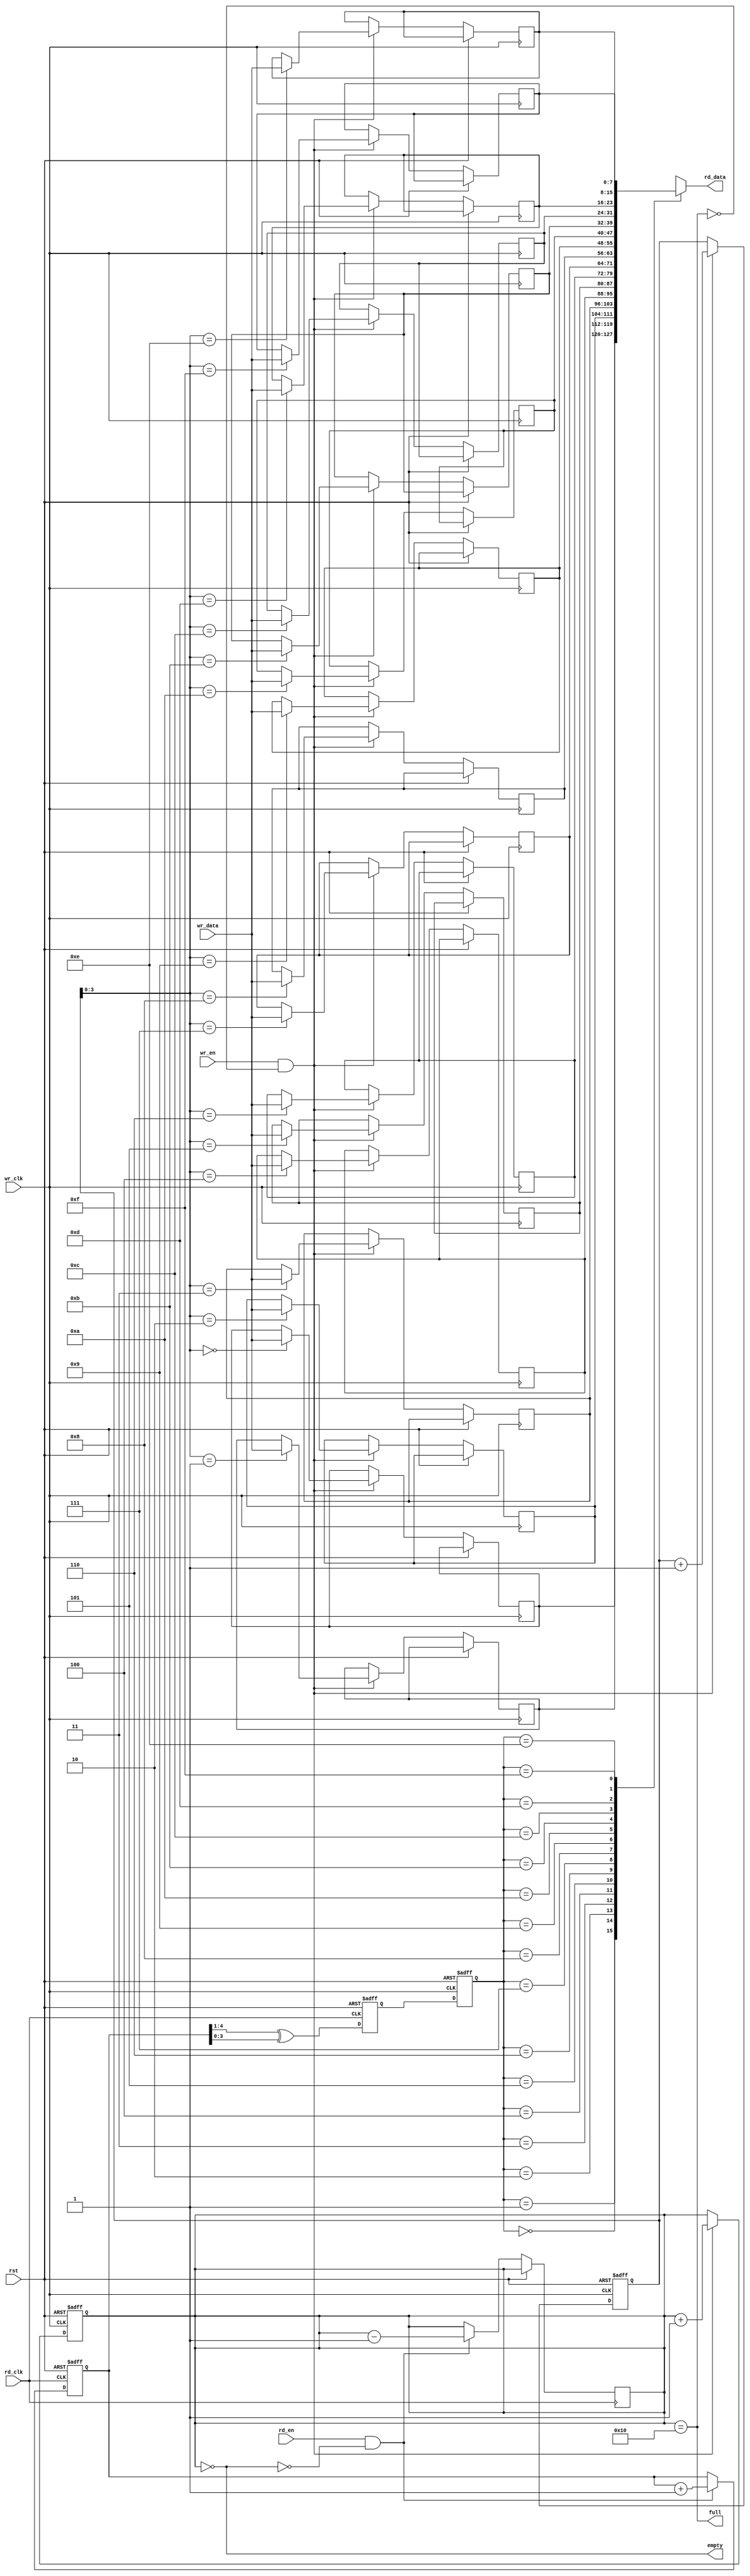
module async_fifo #(
    parameter DATA_WIDTH = 8,  // Width of each data entry
    parameter FIFO_DEPTH = 16   // Depth of the FIFO (must be a power of 2)
) (
    input wire wr_clk,           // Write clock
    input wire wr_en,            // Write enable
    input wire [DATA_WIDTH-1:0] wr_data, // Data to write
    output wire full,            // FIFO full flag
    input wire rd_clk,           // Read clock
    input wire rd_en,            // Read enable
    output wire [DATA_WIDTH-1:0] rd_data, // Data read
    output wire empty,           // FIFO empty flag
    input wire rst               // Reset signal
);

    // Internal signals
    reg [DATA_WIDTH-1:0] mem [0:FIFO_DEPTH-1]; // Memory array
    reg [4:0] wr_ptr;      // Write pointer (5 bits for depth of 16)
    reg [4:0] rd_ptr;      // Read pointer (5 bits for depth of 16)
    reg [4:0] wr_ptr_gray; // Write pointer in Gray code
    reg [4:0] rd_ptr_gray; // Read pointer in Gray code
    reg [4:0] wr_ptr_sync; // Synchronized write pointer
    reg [4:0] rd_ptr_sync; // Synchronized read pointer
    reg [4:0] count;       // Number of entries in the FIFO

    // Full and empty flags
    assign full = (count == FIFO_DEPTH);
    assign empty = (count == 0);
    assign rd_data = mem[rd_ptr_sync];

    // Write Logic
    always @(posedge wr_clk or posedge rst) begin
        if (rst) begin
            wr_ptr <= 0;
            count <= 0;
        end else if (wr_en && !full) begin
            mem[wr_ptr] <= wr_data;
            wr_ptr <= wr_ptr + 1;
            count <= count + 1;
        end
    end

    // Read Logic
    always @(posedge rd_clk or posedge rst) begin
        if (rst) begin
            rd_ptr <= 0;
        end else if (rd_en && !empty) begin
            rd_ptr <= rd_ptr + 1;
            count <= count - 1;
        end
    end

    // Pointer Management
    always @(posedge wr_clk or posedge rst) begin
        if (rst) begin
            wr_ptr_gray <= 0;
        end else begin
            wr_ptr_gray <= (wr_ptr >> 1) ^ wr_ptr; // Convert to Gray code
        end
    end

    always @(posedge rd_clk or posedge rst) begin
        if (rst) begin
            rd_ptr_gray <= 0;
        end else begin
            rd_ptr_gray <= (rd_ptr >> 1) ^ rd_ptr; // Convert to Gray code
        end
    end

    // Synchronization of write pointer
    always @(posedge rd_clk or posedge rst) begin
        if (rst) begin
            wr_ptr_sync <= 0;
        end else begin
            wr_ptr_sync <= wr_ptr_gray; // Synchronize write pointer
        end
    end

    // Synchronization of read pointer
    always @(posedge wr_clk or posedge rst) begin
        if (rst) begin
            rd_ptr_sync <= 0;
        end else begin
            rd_ptr_sync <= rd_ptr_gray; // Synchronize read pointer
        end
    end

endmodule